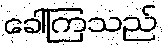
ခေါ်ကြသည်